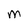
Character: m